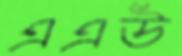
এএউ